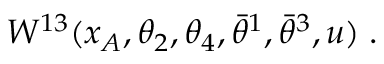
W ^ { 1 3 } ( x _ { A } , \theta _ { 2 } , \theta _ { 4 } , \bar { \theta } ^ { 1 } , \bar { \theta } ^ { 3 } , u ) \; .